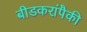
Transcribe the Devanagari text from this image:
बीडकरांपैकी